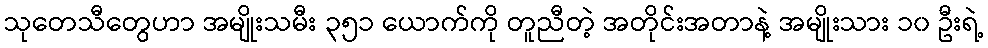
သုတေသီတွေဟာ အမျိုးသမီး ၃၅၁ ယောက်ကို တူညီတဲ့ အတိုင်းအတာနဲ့ အမျိုးသား ၁၀ ဦးရဲ့